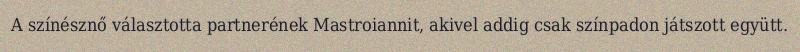
A színésznő választotta partnerének Mastroiannit, akivel addig csak színpadon játszott együtt.